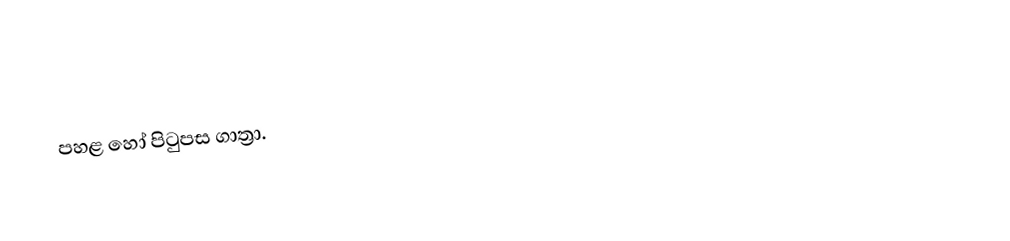
පහළ හෝ පිටුපස ගාත්‍රා.